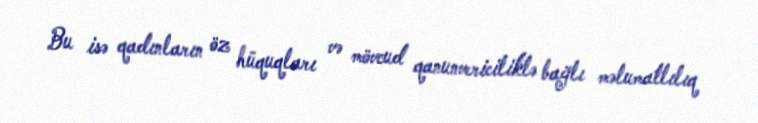
Bu isə qadınların öz hüquqları və mövcud qanunvericiliklə bağlı məlumatlılıq